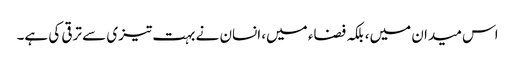
اس میدان میں، بلکہ فضاء میں، انسان نے بہت تیزی سے ترقی کی ہے۔